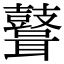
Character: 𪔪